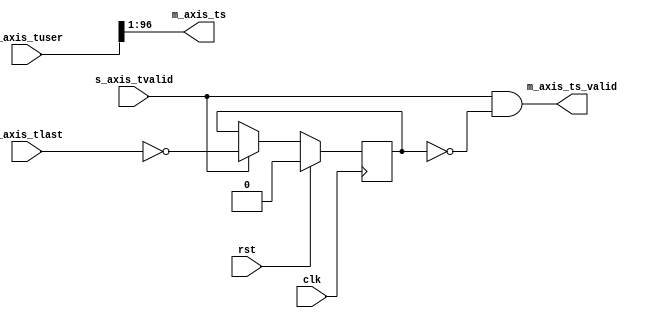
/*

Copyright (c) 2019 Alex Forencich

Permission is hereby granted, free of charge, to any person obtaining a copy
of this software and associated documentation files (the "Software"), to deal
in the Software without restriction, including without limitation the rights
to use, copy, modify, merge, publish, distribute, sublicense, and/or sell
copies of the Software, and to permit persons to whom the Software is
furnished to do so, subject to the following conditions:

The above copyright notice and this permission notice shall be included in
all copies or substantial portions of the Software.

THE SOFTWARE IS PROVIDED "AS IS", WITHOUT WARRANTY OF ANY KIND, EXPRESS OR
IMPLIED, INCLUDING BUT NOT LIMITED TO THE WARRANTIES OF MERCHANTABILITY
FITNESS FOR A PARTICULAR PURPOSE AND NONINFRINGEMENT. IN NO EVENT SHALL THE
AUTHORS OR COPYRIGHT HOLDERS BE LIABLE FOR ANY CLAIM, DAMAGES OR OTHER
LIABILITY, WHETHER IN AN ACTION OF CONTRACT, TORT OR OTHERWISE, ARISING FROM,
OUT OF OR IN CONNECTION WITH THE SOFTWARE OR THE USE OR OTHER DEALINGS IN
THE SOFTWARE.

*/

// Language: Verilog 2001

`resetall
`timescale 1ns / 1ps
`default_nettype none

/*
 * PTP timestamp extract module
 */
module ptp_ts_extract #
(
    parameter TS_WIDTH = 96,
    parameter TS_OFFSET = 1,
    parameter USER_WIDTH = TS_WIDTH+TS_OFFSET
)
(
    input  wire                   clk,
    input  wire                   rst,

    /*
     * AXI stream input
     */
    input  wire                   s_axis_tvalid,
    input  wire                   s_axis_tlast,
    input  wire [USER_WIDTH-1:0]  s_axis_tuser,

    /*
     * Timestamp output
     */
    output wire [TS_WIDTH-1:0]    m_axis_ts,
    output wire                   m_axis_ts_valid
);

reg frame_reg = 1'b0;

assign m_axis_ts = s_axis_tuser >> TS_OFFSET;
assign m_axis_ts_valid = s_axis_tvalid && !frame_reg;

always @(posedge clk) begin
    if (s_axis_tvalid) begin
        frame_reg <= !s_axis_tlast;
    end

    if (rst) begin
        frame_reg <= 1'b0;
    end
end

endmodule

`resetall